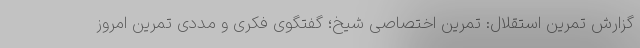
گزارش تمرین استقلال: تمرین اختصاصی شیخ؛ گفتگوی فکری و مددی تمرین امروز